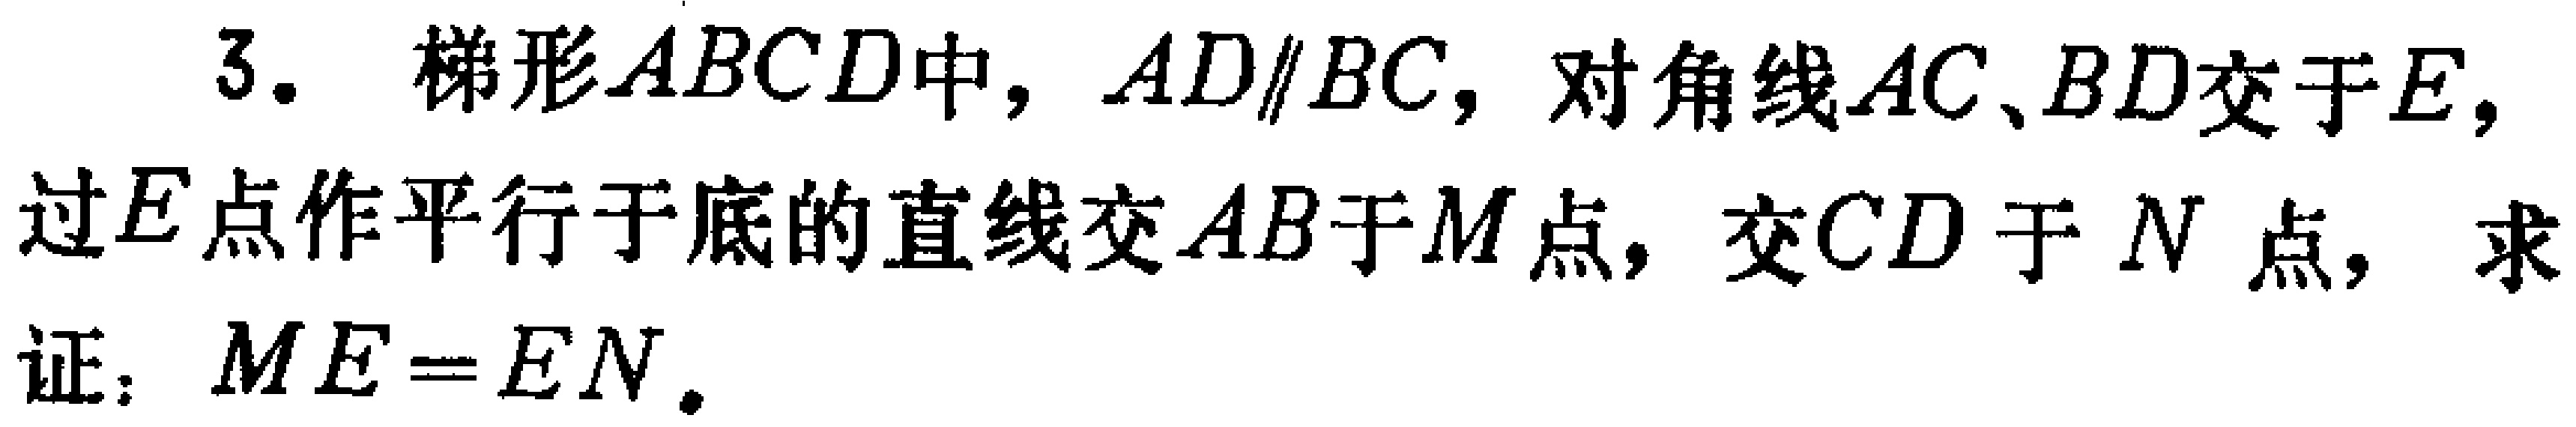
3. 梯形\(ABCD\)中，\(AD\parallel BC\)，对角线\(AC、BD\)交于\(E\)，过\(E\)点作平行于底的直线交\(AB\)于\(M\)点，交\(CD\)于\(N\)点，求证：\(ME = EN\)。